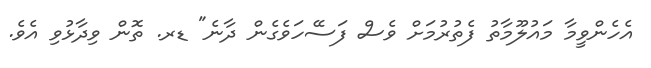
އެހެންވީމާ މައުލޫމާތު ފެތުރުމަށް ވެސް ފަސޭހަވެގެން ދާނެ" ޑރ. ތޮން ވިދާޅުވި އެވެ.